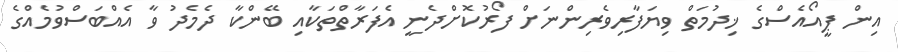
އިން ޕީއޯއެސްގެ ޚިދުމަތް ވިޔަފާރިވެރިންނަށް ފޯރުކޮށްދެނީ އެފަރާތްތަކާއި ބޭންކާ ދެމެދު ވާ އެއްބަސްވުމެއްގެ